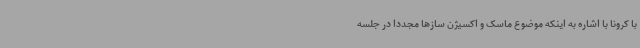
با کرونا با اشاره به اینکه موضوع ماسک و اکسیژن سازها مجددا در جلسه